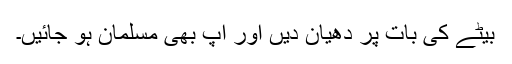
بیٹے کی بات پر دھیان دیں اور آپ بھی مسلمان ہو جائیں۔